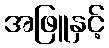
အဖြူနှင့်